Plague in India, 1896, 1897 - Volume 1
Year: 1896
Disease focus: Plague
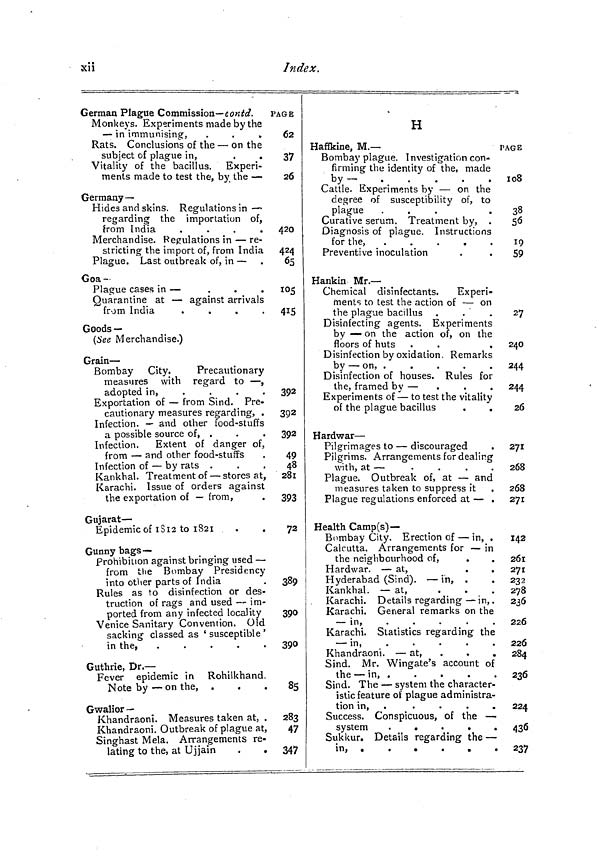
xii
Index.
German Plague Commission— contd.
Monkeys. Experiments made by the
— in immunising, .
.
,
Rats. Conclusions of the — on the
subject of plague in,
Vitality of the bacillus. Experi-
ments made to test the, by the —
Germany —
Hides and skins. Regulations in —
regarding the importation of,
from India
.
.
.
.
Merchandise. Regulations in — re-
stricting the import of, from India
Plague. Last outbreak of, in —
Goa-
Plague cases in —
.
.
.
Quarantine at — against arrivals
from India
.
.
.
.
Goods —
(See Merchandise.)
Grain —
Bombay City.
Precautionary
measures with regard to — ,
adopted in,
....
Exportation of — from Sind. Pre-
cautionary measures regarding, .
Infection. — and other food-stuffs
a possible source of, .
Infection.
Extent of danger of,
from — and other food-stuffs
Infection of — by rats .
Kankhal. Treatment of — stores at,
Karachi. Issue of orders against
the exportation of — from,
Gujarat —
Epidemic of 1812 to 1821
Gunny bags—
Prohibition against bringing used —
from the Bombay Presidency
into other parts of India
Rules as to disinfection or des-
truction of rags and used — im-
ported from any infected locality
Venice Sanitary Convention. Old
sacking classed as ' susceptible '
in the, .
.
.
.
.
Guthrie, Dr. —
Fever epidemic in Rohilkhand.
Note by — on the, .
Gwalior —
Khandraoni. Measures taken at, .
Khandraoni. Outbreak of plague at,
Singhast Mela. Arrangements re-
lating to the, at Ujjain
PAGE
62
37
26
420
424
65
105
415
392
392
392
49
48
281
393
72
389
390
390
85
283
47
347
H
Haffkine, M.—
Bombay plague. Investigation con-
firming the identity of the, made
by-
.
.
Cattle. Experiments by — on the
degree of susceptibility of, to
plague
.
.
.
Curative serum. Treatment by, .
Diagnosis of plague. Instructions
for the,
Preventive inoculation
Hankin Mr. —
Chemical disinfectants.
Experi-
ments to test the action of — on
the plague bacillus .
Disinfecting agents. Experiments
by — on the action of, on the
floors of huts
Disinfection by oxidation. Remarks
by — on, .
.
.
.
.
Disinfection of houses. Rules for
the, framed by —
Experiments of — to test the vitality
of the plague bacillus
Hardwar —
Pilgrimages to — discouraged
Pilgrims. Arrangements for dealing
with, at —
Plague. Outbreak of, at — and
measures taken to suppress it
Plague regulations enforced at — .
Health Camp(s)—
Bombay City. Erection of — in, .
Calcutta. Arrangements for — in
the neighbourhood of,
Hardwar. — at,
.
.
Hyderabad (Sind). — in, .
Kankhal. — at,
Karachi. Details regarding — in, .
Karachi. General remarks on the
— in,
Karachi. Statistics regarding the
— in,
Khandraoni. — at,
Sind. Mr. Wingate's account of
the — in,
Sind. The — system the character-
istic feature of plague administra-
tion in,
.
.
.
.
Success. Conspicuous, of the —
system
.
.
.
Sukkur. Details regarding the —
in, .
.
.
.
.
.
PAGE
1 08
38
56
19
59
27
240
244.
244
20
271
268
268
271
142
261
271
232
278
236
226
226
284
236
224
436
237